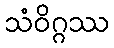
သံဝိဂ္ဂဿ